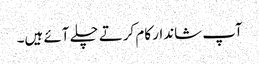
آپ شاندار کام کرتے چلے آئے ہیں۔